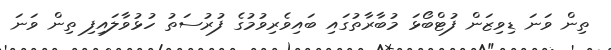
ތިން ވަނަ ޑިވިޒަން ފުޓްބޯޅަ މުބާރާތުގައި ބައިވެރިވުމުގެ ފުރުސަތު ހުޅުވާލައިފި ތިން ވަނަ